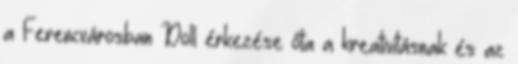
a Ferencvárosban Doll érkezése óta a kreativitásnak és az